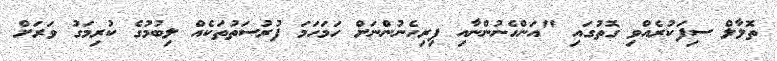
ތޮލާލް ސިފަކުރެއްވި ގޮތުގައި "އަންހެނުންނާއި ފިރިހެނުންނަށް ހަމަހަމަ ފުރުސަތުތަކެއް ލިބުމުގެ ކުރިމަގު ވަރަށް